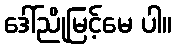
ဒေါ်ညိုမြင့်မေ ပါ။